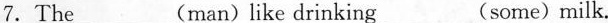
7.The___(man)like drinking___some) milk.